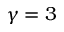
\gamma = 3